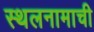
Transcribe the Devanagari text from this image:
स्थलनामाची